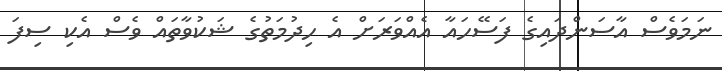
ނަމަވެސް އާސަންދައިގެ ފަސޭހައާ އެއްވަރަށް އެ ހިދުމަތުގެ ޝަކުވާތައް ވެސް އެކި ސިފަ